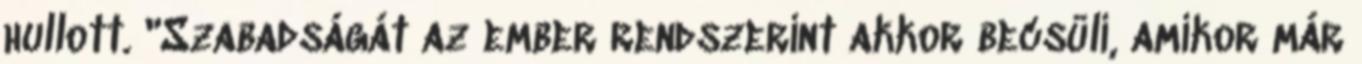
hullott. "Szabadságát az ember rendszerint akkor becsüli, amikor már